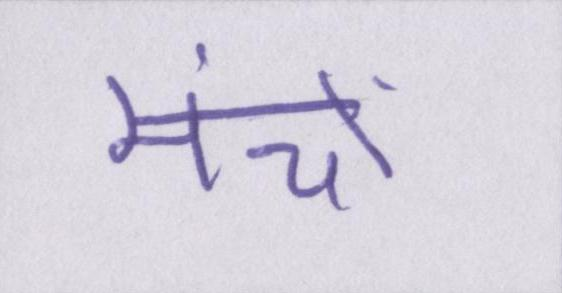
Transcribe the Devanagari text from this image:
मंचों